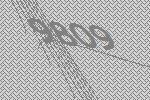
9809